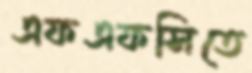
এফএফসিতে